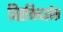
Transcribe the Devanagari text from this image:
विरक्तिदर्शक